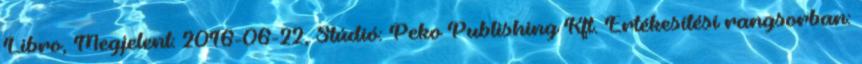
Libro, Megjelent: 2016-06-22, Stúdió: Peko Publishing Kft. Értékesítési rangsorban: